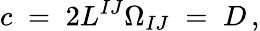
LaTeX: c\; =\; 2L^{IJ}\Omega_{IJ}\; =\; D\, ,